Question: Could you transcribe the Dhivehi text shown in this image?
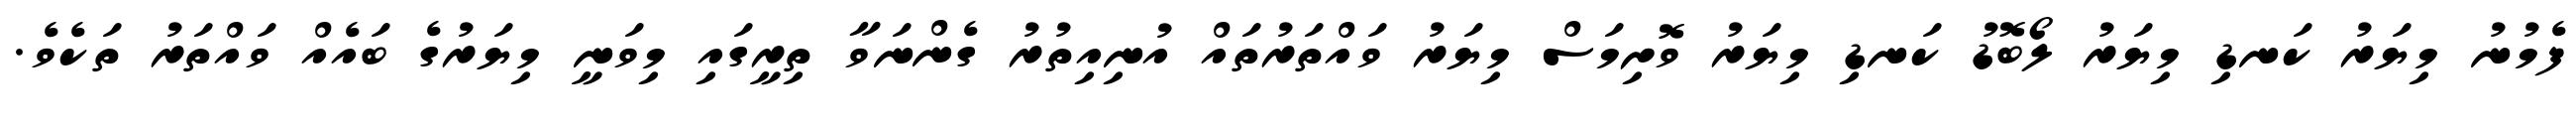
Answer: ފެމުނު މިޔަރު ކަނޑި މިޔަރު ލޯބޮޑު ކަނޑި މިޔަރު ވޮށިމަސް މިޔަރު ވައްތަރުތައް އުނިއިތުރު ގެންނަވާ ތިރީގައި މިވަނީ މިޔަރުގެ ބައެއް ވައްތަރު ތަކެވެ.